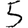
Digit: 5